Madras plague regulations in force outside the Presidency town - Volume 5
Disease focus: Plague
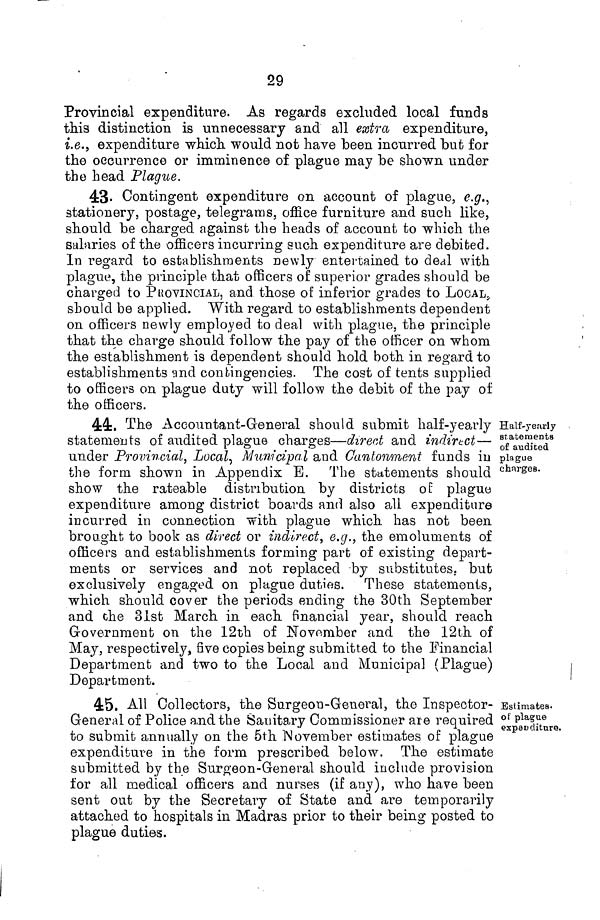
29
Provincial expenditure. As regards excluded local funds
this distinction is unnecessary and all extra expenditure,
i.e., expenditure which would not have been incurred bufc for
the occurrence or imminence of plague may be shown under
the head Plague.
43- Contingent expenditure on account of plague, e.gr.,
stationery, postage, telegrams, office furniture and such like,
should be charged against the heads of account fco which the
salaries of the officers incurring such expenditure are debited.
In regard to establishments newly entertained to dedl with
plague, the principle that officers of superior grades should be
charged to PROVINCIAL, and those of inferior grades to LOCAL>
should be applied. With regard to establishments dependent
on officers newly employed to deal with plague, the principle
that the charge should follow the pay of the officer oil whom
the establishment is dependent should hold both in regard to
establishments and contingencies. The cost of tents supplied
to officers on plague duty will follow the debit of the pay of
the officers.
Half-yearly
statements
of audited
plague
chnrges.
44. The Accountant-General should submit half-yearly
statements of audited plague charges—direct and indirect—
under Provincial, Local, Municipal and Cantonment funds in
the form shown in Appendix B. The statements should
show the rateable distribution by districts o E plague
expenditure among district boards and also all expenditure
incurred in connection with plague which has not been
brought to book as direct or indirect, e.g., the emoluments of
officers and establishments forming part of existing depart-
ments or services and not replaced -by substitutes, but
exclusively engaged on plague duties. These statements,
which should cover the periods ending the 30th September
and the 31st March in each financial year, should reach
Government on the 12th of November and the 12th of
May, respectively, five copies being submitted to the Financial
Department and two to the Local and Municipal (Plague)
Department.
Estimates.
of plague
expeD elitäre.
45. All Collectors, the Surgeon-General, the Inspector-
General of Police and the Sanitary Commissioner are required
to submit annually on the 5th November estimates of plague
expenditure in the form prescribed below. The estimate
submitted by the Surgeon-General should include provision
for all medical officers and nurses (if any), who have been
sent out by the Secretary of State and are temporarily
attached to hospitals in Madras prior to their being posted to
plague duties.